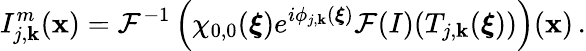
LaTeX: I_{j,\mathbf{k}}^{m}(\boldsymbol{\mathbf{x}})=\mathcal{{F}}^{-1}\left(\chi_{0,0}(\boldsymbol{\xi})e^{i\phi_{j,\mathbf{k}}(\boldsymbol{\xi})}\mathcal{{F}}(I)(T_{j,\mathbf{k}}(\boldsymbol{\xi}))\right)(\boldsymbol{\mathbf{x}})\, .